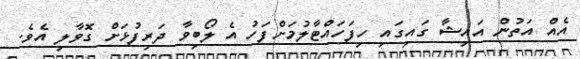
އެއް އަތުން އައިޝާ ގައިގައި ހިފަހައްޓާލުމަށްފަހު އެ ލޯބިވާ ދަރިފުޅަށް ގޮވާލި އެވެ.